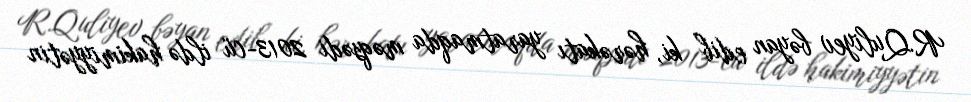
R.Quliyev bəyan edib ki, hərəkatı yaratmaqda məqsədi 2013-cü ildə hakimiyyətin